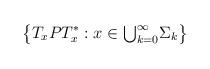
LaTeX: \begin{align*}\big\{T_xPT_x^*:x\in \textstyle{\bigcup_{k=0}^{\infty}}\Sigma_k\big\}\end{align*}